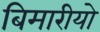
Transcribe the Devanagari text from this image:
बिमारीयो